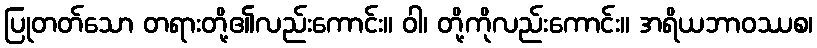
ပြုတတ်သော တရားတို့၏လည်းကောင်း။ ဝါ၊ တို့ကိုလည်းကောင်း။ အရိယဘာဝဿစ၊